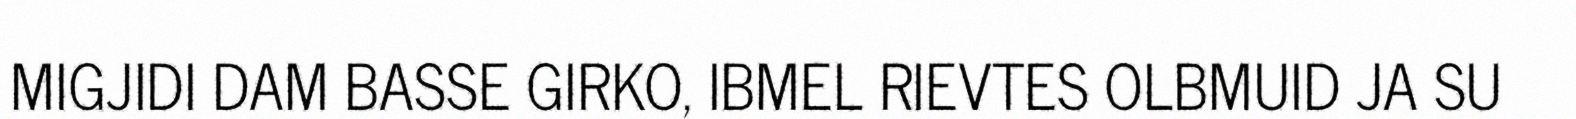
MIGJIDI DAM BASSE GIRKO, IBMEL RIEVTES OLBMUID JA SU